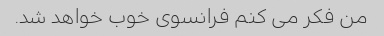
من فکر می کنم فرانسوی خوب خواهد شد.